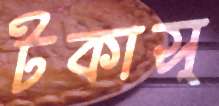
টকাস্‌